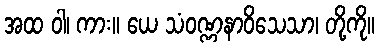
အထ ဝါ၊ ကား။ ယေ သံဝဏ္ဏနာဝိသေသာ၊ တို့ကို။